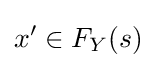
x'\in F_{Y}(s)